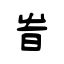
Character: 旹